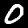
Digit: 0